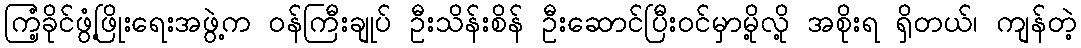
ကြံ့ခိုင်ဖွံ့ဖြိုးရေးအဖွဲ့က ဝန်ကြီးချုပ် ဦးသိန်းစိန် ဦးဆောင်ပြီးဝင်မှာမို့လို့ အစိုးရ ရှိတယ်၊ ကျန်တဲ့